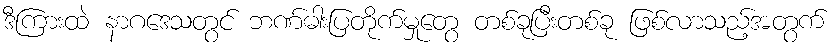
ဒီကြားထဲ နာဂဒေသတွင် ဘဏ်ဓါးပြတိုက်မှုတွေ တစ်ခုပြီးတစ်ခု ဖြစ်လာသည့်အတွက်